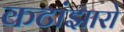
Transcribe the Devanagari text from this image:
कटांझारो